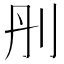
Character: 刐